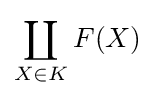
\coprod _{X\in K}{F(X)}